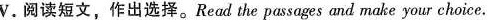
V. 阅读短文，作出选择。Read the passages and make your choice.